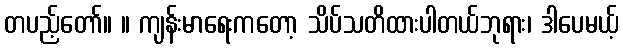
တပည့်တော်။ ။ ကျန်းမာရေးကတော့ သိပ်သတိထားပါတယ်ဘုရား၊ ဒါပေမယ့်